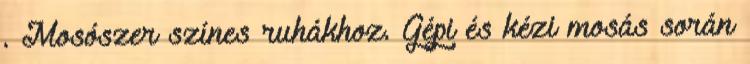
. Mosószer színes ruhákhoz. Gépi és kézi mosás során